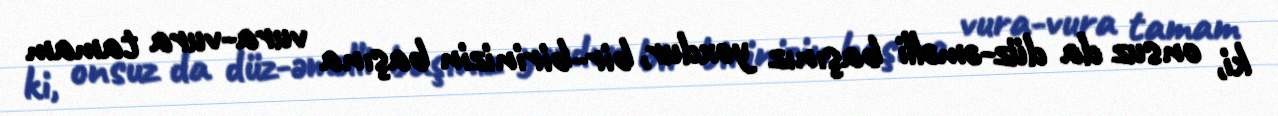
ki, onsuz da düz-əməlli başınız yoxdur, bir-birinizin başına vura-vura tamam